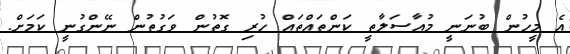
އެ މީހުން ބުނަނީ މުއާސަލާތީ ކަންތައްތައް ހުރި ގޮތުން ވަގުތުން ނޭންގުނީ ކަމަށް.